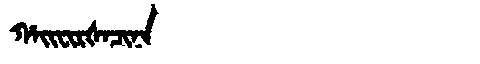
Manchu: ᡥᠠᡳᠸᡳᡵᡧᠠᠴᡳᠨᠠ
Romanization: HAIFIRŠACINA